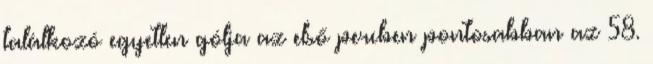
találkozó egyetlen gólja az első percben pontosabban az 58.